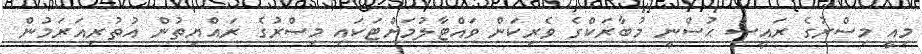
މިއީ މިސްރުގެ ރައީސް ޙުސްނީ މުބާރަކްގެ ވެރިކަން ވައްޓާލުމަށްޓަކައި މިސްރުގެ ރައްޔިތުން އުތުރިއަރަމުން